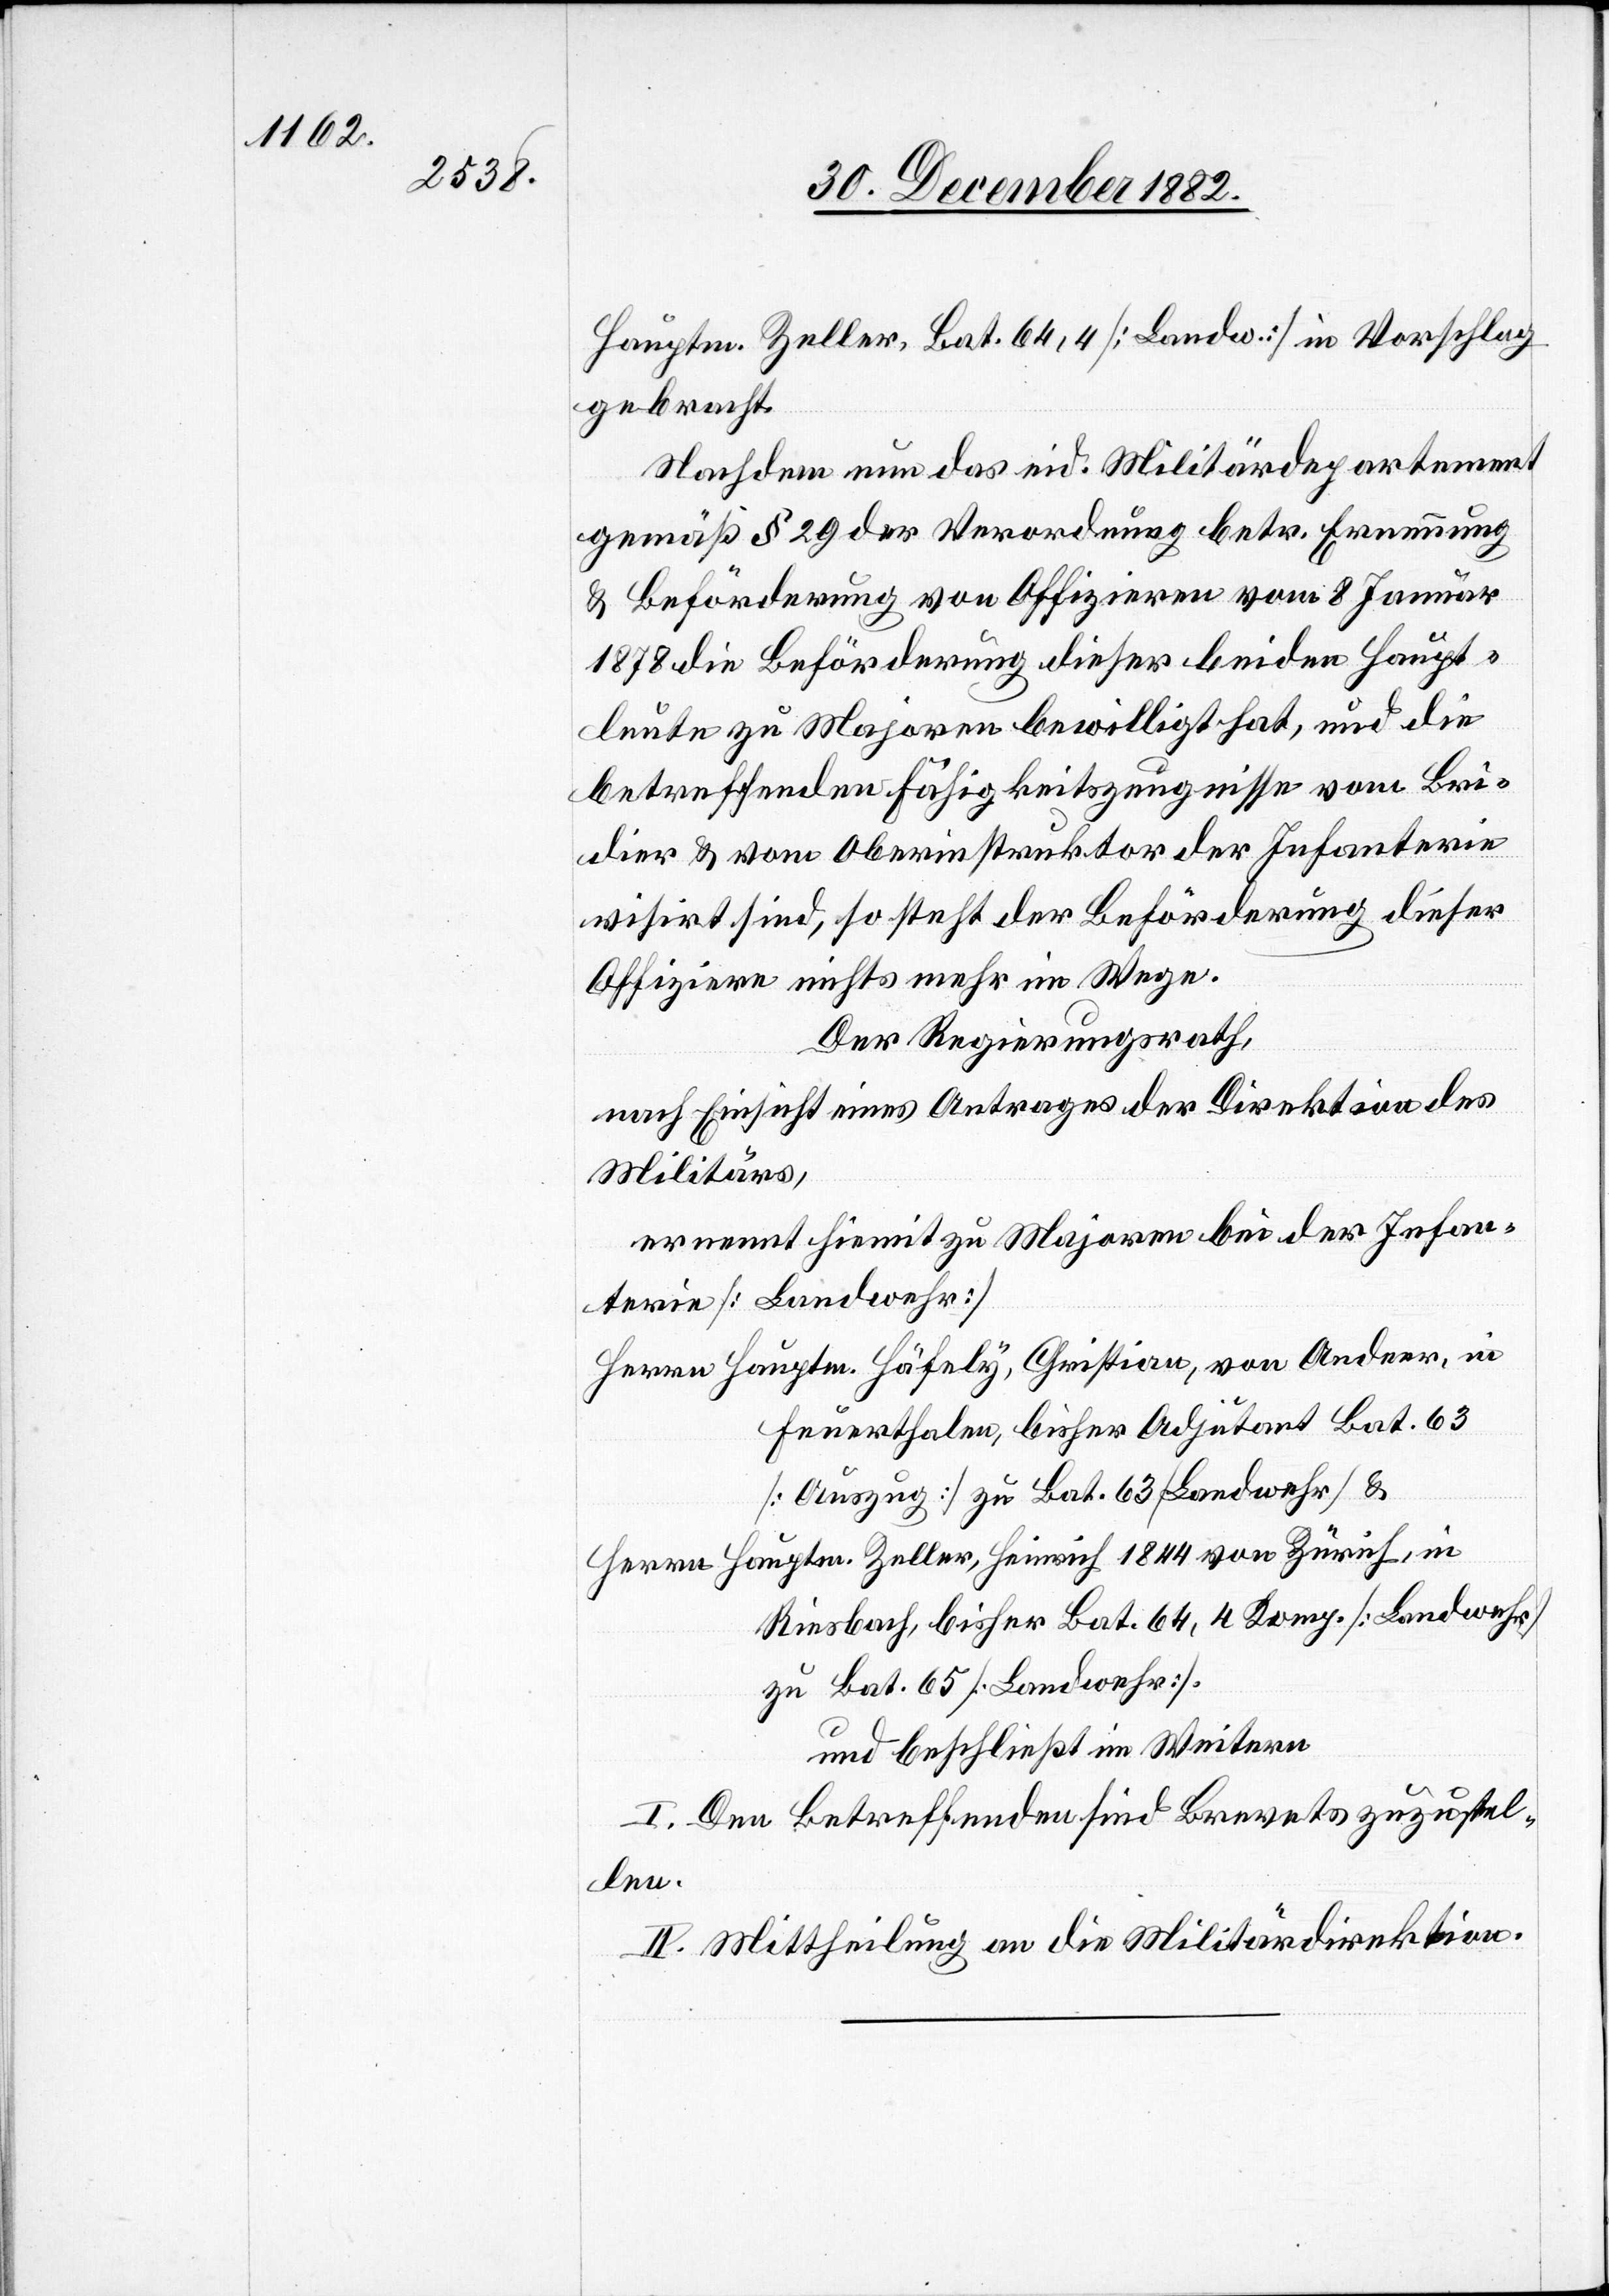
Hauptm. Zeller, Bat. 64,4 [Landw.] in Vorschlag
gebracht.
Nachdem nun das eid. Militärdepartement
gemäß § 29 der Verordnung betr. Ernennung
& Beförderung von Offiziren vom 8. Januar
1878 die Beförderung dieser beiden Haupt¬
leute zu Majoren bewilligt hat, und die
betreffenden Fähigkeitszeugnisse vom Bri¬
dier & vom Oberinstruktor der Infanterie
visirt sind, so steht der Beförderung dieser
Offiziere nichts mehr im Wege.
Der Regierungsrath,
nach Einsicht eines Antrages der Direktion des
Militärs,
ernennt hiemit zu Majoren bei der Infan¬
terie [Landwehr]:
Herrn Hauptm. Häfely [sic!], Christian, von Andeer, in
Feuerthalen, bisher Adjutant Bat. 63
[Auszug] zu Bat. 63 [Landwehr] &
Herrn Hauptm. Zeller, Heinrich 1844 von Zürich, in
Riesbach, bisher Bat. 64, 4 Komp. [Landwehr]
zu Bat. 65 [Landwehr].
I. Den Betreffenden sind Brevets zuzustel¬
len.
II. Mittheilung an die Militärdirektion.